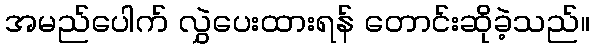
အမည်ပေါက် လွှဲပေးထားရန် တောင်းဆိုခဲ့သည်။